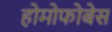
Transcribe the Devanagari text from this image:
होमोफोबेस